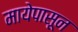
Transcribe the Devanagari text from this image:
मायेपासून